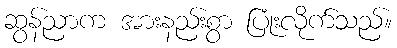
ဆွန်ညာက အားနည်းစွာ ပြုံးလိုက်သည်။